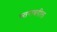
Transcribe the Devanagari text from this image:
स्‍तरावरील